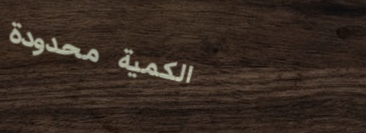
الكمية محدودة